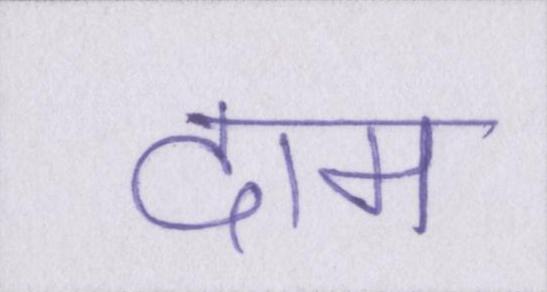
दाम